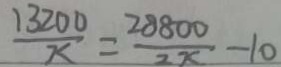
\frac { 1 3 2 0 0 } { x } = \frac { 2 8 8 0 0 } { 2 x } - 1 0